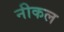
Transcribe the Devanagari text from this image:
नीकल